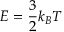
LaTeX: E = { \frac { 3 } { 2 } } k _ { B } T